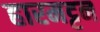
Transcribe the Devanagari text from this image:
हारमट्टन